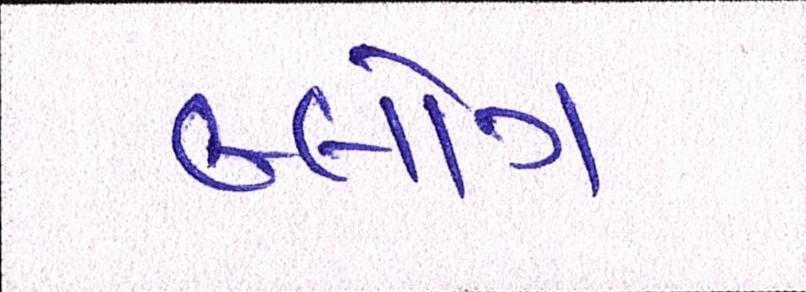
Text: બ્લોગ